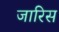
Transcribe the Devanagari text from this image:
जारिस